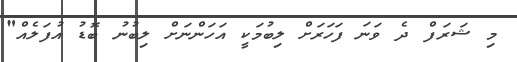
މި ޝަރަފް ދެ ވަނަ ފަހަރަށް ލިބުމަކީ އަހަންނަށް ލިބުނު ބޮޑު އުފަލެއް"